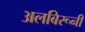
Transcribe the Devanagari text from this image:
अलबिरूनी